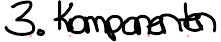
3. Komponenten